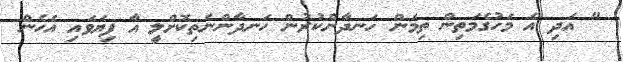
" އަދި އެ މަހުގެމަތިން ތިމަން ހަނދާންކުރުން ހަނދާންނެތިކޮށްލީ އާ ފިޔަވައި އެހެން